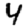
Digit: 4